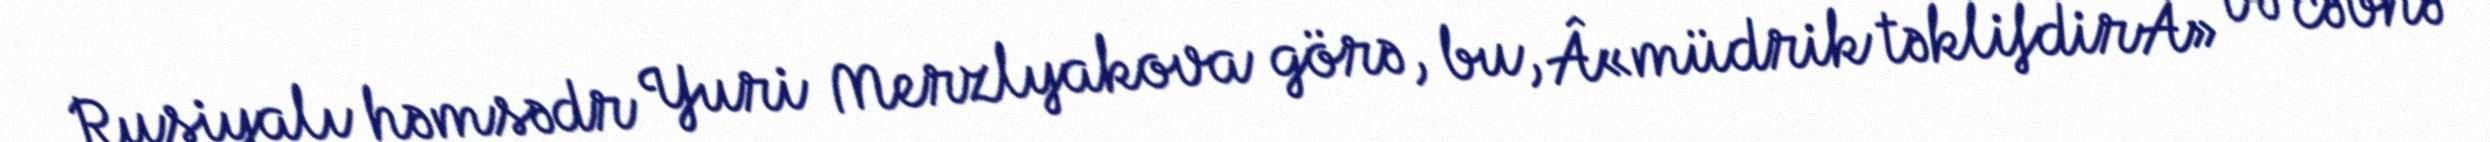
Rusiyalı həmsədr Yuri Merzlyakova görə, bu, Â«müdrik təklifdirÂ» və cəbhə